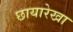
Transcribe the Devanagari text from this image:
छायारेखा